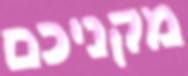
מקניכם